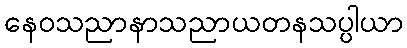
နေဝသညာနာသညာယတနသပ္ပါယာ